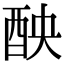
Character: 𨠗